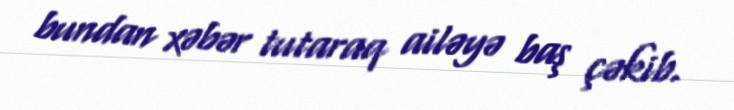
bundan xəbər tutaraq ailəyə baş çəkib.